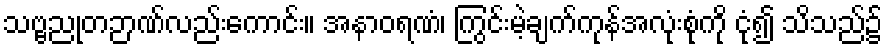
သဗ္ဗညုတဉာဏ်လည်းကောင်း။ အနာဝရဏံ၊ ကြွင်းမဲ့ချက်ကုန်အလုံးစုံကို ငုံ၍ သိသည်၌